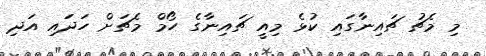
މި މެޗު ޗައިނާގައި ކުޅެ މިއީ ޗައިނާގެ ހޯމް މެޗަށް ހަދައި އަދި